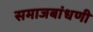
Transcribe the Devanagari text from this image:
समाजबांधणी